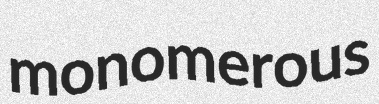
monomerous